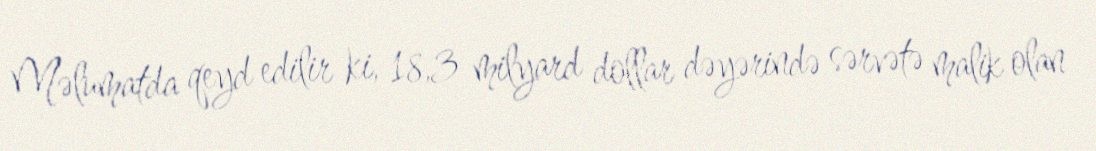
Məlumatda qeyd edilir ki, 18,3 milyard dollar dəyərində sərvətə malik olan